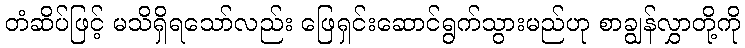
တံဆိပ်ဖြင့် မသိရှိရသော်လည်း ဖြေရှင်းဆောင်ရွက်သွားမည်ဟု စာချွန်လွှာတို့ကို